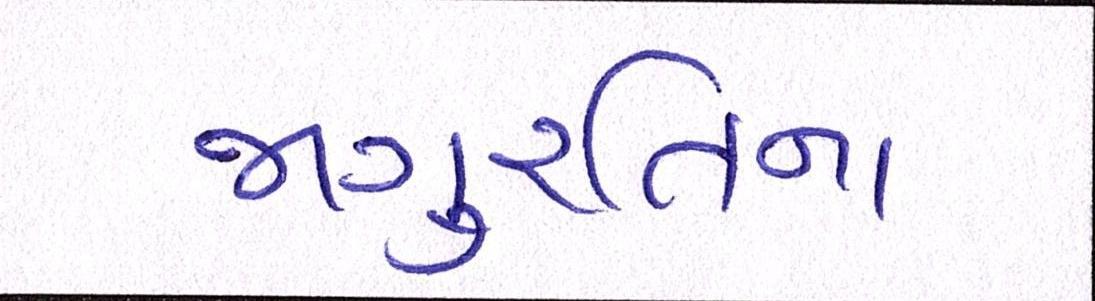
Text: જાગુ્રતિના